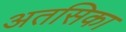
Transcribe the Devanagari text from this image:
अतसिका